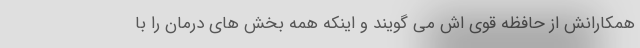
همکارانش از حافظه قوی اش می گویند و اینکه همه بخش های درمان را با